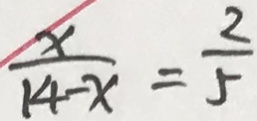
\frac { x } { 1 4 - x } = \frac { 2 } { 5 }